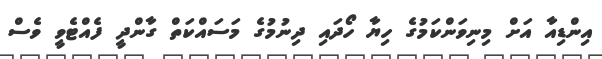
އިންޑިއާ އަށް މިނިވަންކަމުގެ ހިޔާ ހޯދައި ދިނުމުގެ މަސައްކަތް ގާންދީ ފެއްޓެވީ ވެސް